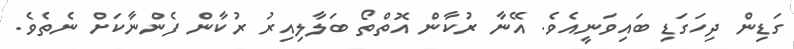
ގަޑިން ދިހަގަޑި ބައިވަނީއެވެ. އޭނާ ރުކާން އޮތްތޯ ބަލާލިއިރު ރުކާން ފެންނާކަށް ނެތެވެ.